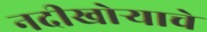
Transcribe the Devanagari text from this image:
नदीखोऱ्याचे